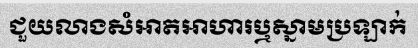
ជួយលាងសំអាតអាហារឬស្នាមប្រឡាក់